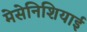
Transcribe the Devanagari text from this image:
मेसेनिशियाई